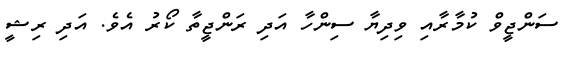
ސަންޖީވް ކުމާރާއި ވިދިޔާ ސިންހާ އަދި ރަންޖީތާ ކޯރު އެވެ. އަދި ރިޝީ